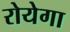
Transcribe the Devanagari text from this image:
रोयेगा